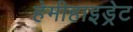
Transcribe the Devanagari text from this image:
हेमीहाइड्रेट